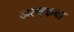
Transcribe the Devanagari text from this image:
अत्थकथा